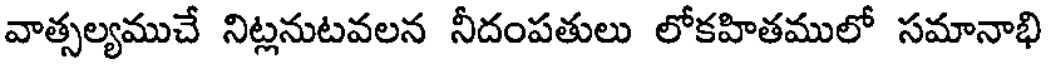
వాత్సల్యముచే నిట్లనుటవలన నీదంపతులు లోకహితములో సమానాభి